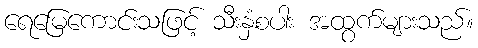
ရေမြေကောင်းသဖြင့် သီးနှံစပါး အထွက်များသည်။